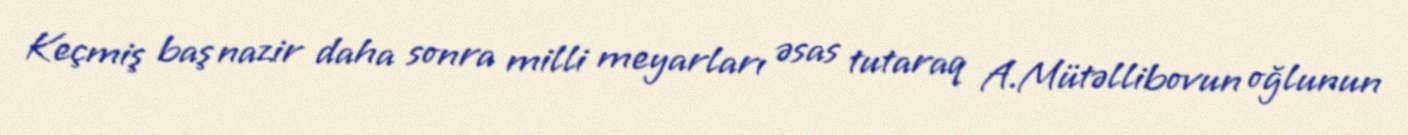
Keçmiş baş nazir daha sonra milli meyarları əsas tutaraq A.Mütəllibovun oğlunun